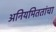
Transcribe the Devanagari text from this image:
अनियमिततांचा